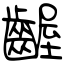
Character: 齷